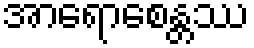
အာရောစေန္တဿ